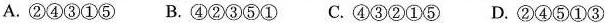
A. ②④③①⑤ B. ④②③⑤① C. ④③②①⑤ D. ②④⑤①③